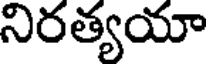
నిరత్యయా